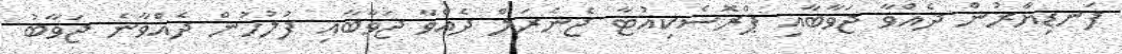
ފަނޑިޔާރުން ދެއްވާ ޖަވާބާއި ޕްރޮސެކިއުޓާ ޖެނެރަލް ދެއްވާ ޖަވާބާއި ފުލުހުން ދެއްވާނެ ޖަވާބު